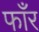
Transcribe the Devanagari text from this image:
फाँर